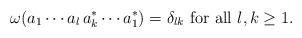
LaTeX: \begin{align*}\omega(a_1\cdots a_l\, a_k^*\cdots a_1^*)=\delta_{lk}\mbox{ for all }l,k\geq 1.\end{align*}